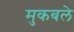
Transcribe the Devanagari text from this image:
मुकबले